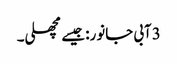
3آبی جانور: جیسے مچھلی۔